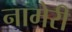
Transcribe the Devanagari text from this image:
नामेरी